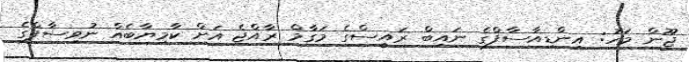
ޖޫން މަހު: އިންޑިއާސާފްގެ ނައިބް ރައީސްގެ މަގާމް ރާއްޖެ އަށް ކާމިޔާބެއް ނުވިސާފްގެ